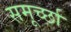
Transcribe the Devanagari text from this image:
समूर्च्छा